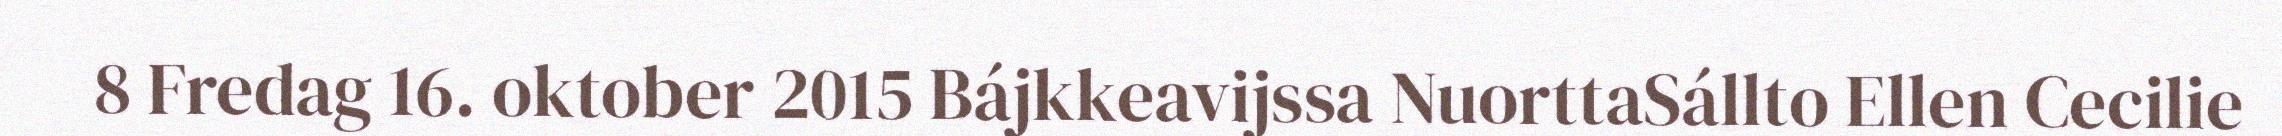
8 Fredag 16. oktober 2015 Bájkkeavijssa NuorttaSállto Ellen Cecilie